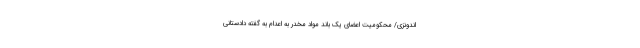
اندونزی/ محکومیت اعضای یک باند مواد مخدر به اعدام به گفته دادستانی